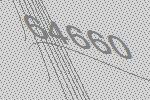
64660